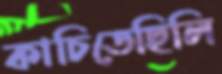
কাচিতেছিলি